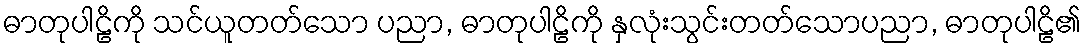
ဓာတုပါဠိကို သင်ယူတတ်သော ပညာ, ဓာတုပါဠိကို နှလုံးသွင်းတတ်သောပညာ, ဓာတုပါဠိ၏